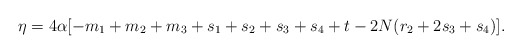
\begin{align*}\eta = 4 \alpha [-m_1 + m_2 + m_3 + s_1 + s_2 + s_3 + s_4 + t - 2 N ( r_2 + 2 s_3 + s_4 )]. \end{align*}